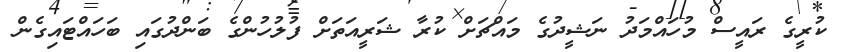
ކުރީގެ ރައީސް މުހައްމަދު ނަޝީދުގެ މައްޗަށް ކުރާ ޝަރީއަތަށް ފުލުހުންގެ ބަންދުގައި ބަހައްޓައިގެން